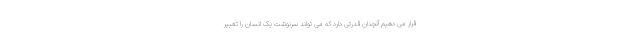
قرار می دهیم آنچنان قدرتی دارد که می تواند سرنوشت یک انسان را تغییر